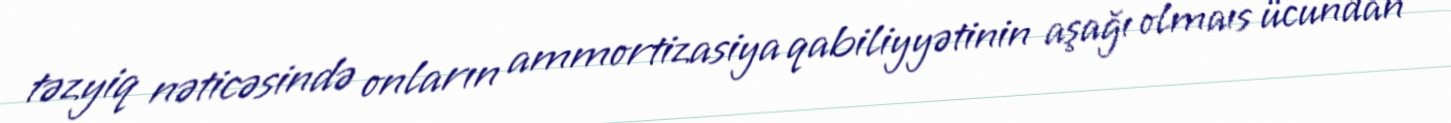
təzyiq nəticəsində onların ammortizasiya qabiliyyətinin aşağı olmaıs ücundan